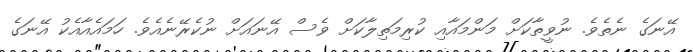
އޭނަގެ ނެތެވެ. ނުވީތާކަށް މަންމައާއި ކުރިމަތިލާކަށް ވެސް އޭނައަށް ނުކެރޭނެއެވެ. ހަމައެއާއެކު އޭނަގެ